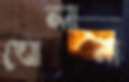
ঘোলাল